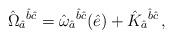
LaTeX: \begin{align*}\hat{\Omega}_{\hat{a}}{}^{\hat{b}\hat{c}} = \hat{\omega}_{\hat{a}}{}^{\hat{b}\hat{c}} (\hat{e})+\hat{K}_{\hat{a}}{}^{\hat{b}\hat{c}}\, ,\end{align*}